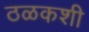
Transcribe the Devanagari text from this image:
ठळकशी